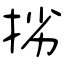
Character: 挘